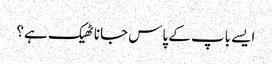
ایسے باپ کے پاس جانا ٹھیک ہے؟